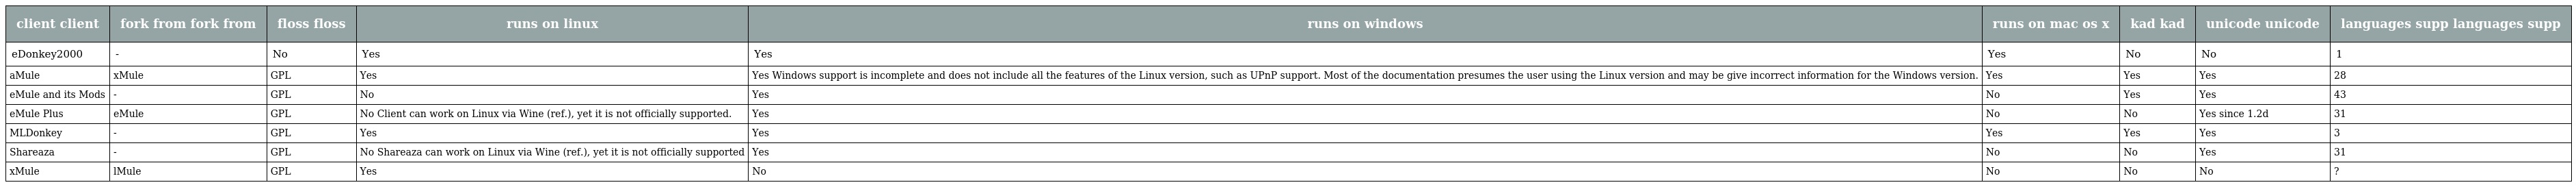
| client client | fork from fork from | floss floss | runs on linux | runs on windows | runs on mac os x | kad kad | unicode unicode | languages supp languages supp |
 | --- | --- | --- | --- | --- | --- | --- | --- | --- |
 | eDonkey2000 | - | No | Yes | Yes | Yes | No | No | 1 |
 | aMule | xMule | GPL | Yes | Yes Windows support is incomplete and does not include all the features of the Linux version, such as UPnP support. Most of the documentation presumes the user using the Linux version and may be give incorrect information for the Windows version. | Yes | Yes | Yes | 28 |
 | eMule and its Mods | - | GPL | No | Yes | No | Yes | Yes | 43 |
 | eMule Plus | eMule | GPL | No Client can work on Linux via Wine (ref.), yet it is not officially supported. | Yes | No | No | Yes since 1.2d | 31 |
 | MLDonkey | - | GPL | Yes | Yes | Yes | Yes | Yes | 3 |
 | Shareaza | - | GPL | No Shareaza can work on Linux via Wine (ref.), yet it is not officially supported | Yes | No | No | Yes | 31 |
 | xMule | lMule | GPL | Yes | No | No | No | No | ? |